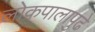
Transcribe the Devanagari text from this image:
लोकपालापुढे